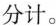
分计。